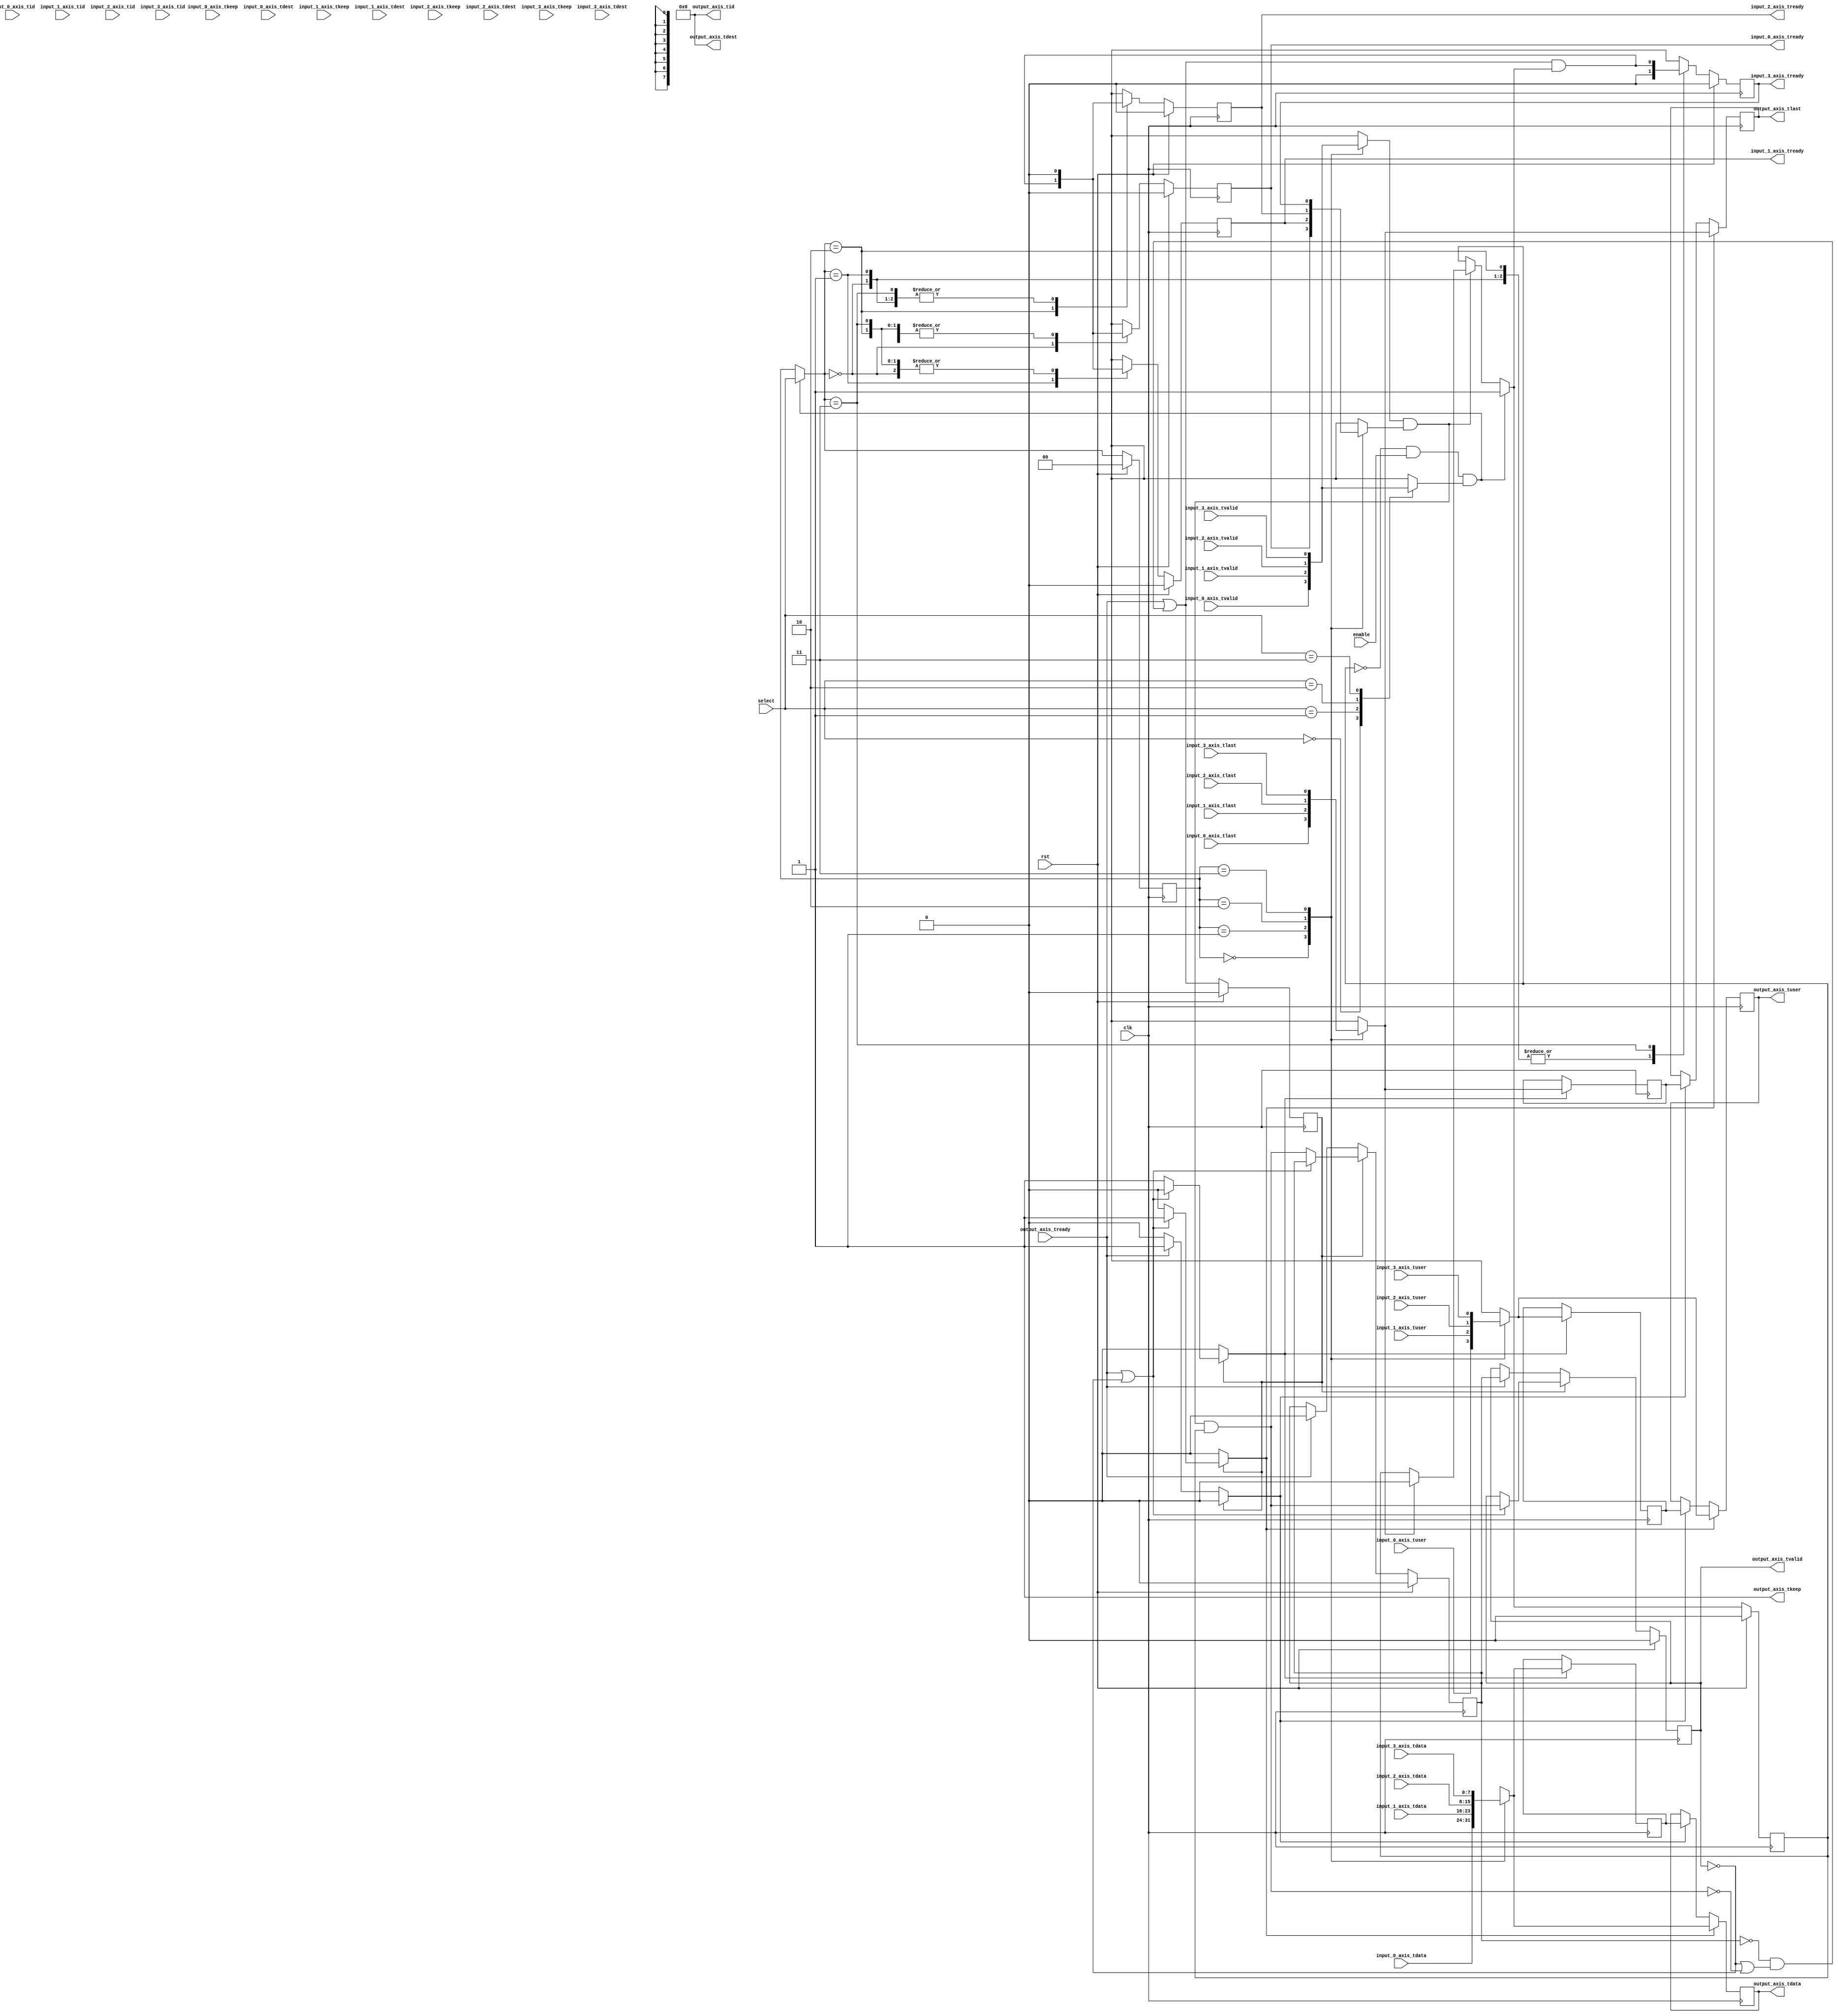
module axis_mux_4 #
(
    parameter DATA_WIDTH = 8,
    parameter KEEP_ENABLE = (DATA_WIDTH>8),
    parameter KEEP_WIDTH = (DATA_WIDTH/8),
    parameter ID_ENABLE = 0,
    parameter ID_WIDTH = 8,
    parameter DEST_ENABLE = 0,
    parameter DEST_WIDTH = 8,
    parameter USER_ENABLE = 1,
    parameter USER_WIDTH = 1
)
(
    input  wire                   clk,
    input  wire                   rst,

    /*
     * AXI inputs
     */
    input  wire [DATA_WIDTH-1:0]  input_0_axis_tdata,
    input  wire [KEEP_WIDTH-1:0]  input_0_axis_tkeep,
    input  wire                   input_0_axis_tvalid,
    output wire                   input_0_axis_tready,
    input  wire                   input_0_axis_tlast,
    input  wire [ID_WIDTH-1:0]    input_0_axis_tid,
    input  wire [DEST_WIDTH-1:0]  input_0_axis_tdest,
    input  wire [USER_WIDTH-1:0]  input_0_axis_tuser,

    input  wire [DATA_WIDTH-1:0]  input_1_axis_tdata,
    input  wire [KEEP_WIDTH-1:0]  input_1_axis_tkeep,
    input  wire                   input_1_axis_tvalid,
    output wire                   input_1_axis_tready,
    input  wire                   input_1_axis_tlast,
    input  wire [ID_WIDTH-1:0]    input_1_axis_tid,
    input  wire [DEST_WIDTH-1:0]  input_1_axis_tdest,
    input  wire [USER_WIDTH-1:0]  input_1_axis_tuser,

    input  wire [DATA_WIDTH-1:0]  input_2_axis_tdata,
    input  wire [KEEP_WIDTH-1:0]  input_2_axis_tkeep,
    input  wire                   input_2_axis_tvalid,
    output wire                   input_2_axis_tready,
    input  wire                   input_2_axis_tlast,
    input  wire [ID_WIDTH-1:0]    input_2_axis_tid,
    input  wire [DEST_WIDTH-1:0]  input_2_axis_tdest,
    input  wire [USER_WIDTH-1:0]  input_2_axis_tuser,

    input  wire [DATA_WIDTH-1:0]  input_3_axis_tdata,
    input  wire [KEEP_WIDTH-1:0]  input_3_axis_tkeep,
    input  wire                   input_3_axis_tvalid,
    output wire                   input_3_axis_tready,
    input  wire                   input_3_axis_tlast,
    input  wire [ID_WIDTH-1:0]    input_3_axis_tid,
    input  wire [DEST_WIDTH-1:0]  input_3_axis_tdest,
    input  wire [USER_WIDTH-1:0]  input_3_axis_tuser,

    /*
     * AXI output
     */
    output wire [DATA_WIDTH-1:0]  output_axis_tdata,
    output wire [KEEP_WIDTH-1:0]  output_axis_tkeep,
    output wire                   output_axis_tvalid,
    input  wire                   output_axis_tready,
    output wire                   output_axis_tlast,
    output wire [ID_WIDTH-1:0]    output_axis_tid,
    output wire [DEST_WIDTH-1:0]  output_axis_tdest,
    output wire [USER_WIDTH-1:0]  output_axis_tuser,

    /*
     * Control
     */
    input  wire                   enable,
    input  wire [1:0]             select
);

reg [1:0] select_reg = 2'd0, select_next;
reg frame_reg = 1'b0, frame_next;

reg input_0_axis_tready_reg = 1'b0, input_0_axis_tready_next;
reg input_1_axis_tready_reg = 1'b0, input_1_axis_tready_next;
reg input_2_axis_tready_reg = 1'b0, input_2_axis_tready_next;
reg input_3_axis_tready_reg = 1'b0, input_3_axis_tready_next;

// internal datapath
reg  [DATA_WIDTH-1:0] output_axis_tdata_int;
reg  [KEEP_WIDTH-1:0] output_axis_tkeep_int;
reg                   output_axis_tvalid_int;
reg                   output_axis_tready_int_reg = 1'b0;
reg                   output_axis_tlast_int;
reg  [ID_WIDTH-1:0]   output_axis_tid_int;
reg  [DEST_WIDTH-1:0] output_axis_tdest_int;
reg  [USER_WIDTH-1:0] output_axis_tuser_int;
wire                  output_axis_tready_int_early;

assign input_0_axis_tready = input_0_axis_tready_reg;
assign input_1_axis_tready = input_1_axis_tready_reg;
assign input_2_axis_tready = input_2_axis_tready_reg;
assign input_3_axis_tready = input_3_axis_tready_reg;

// mux for start of packet detection
reg selected_input_tvalid;
always @* begin
    case (select)
        2'd0: selected_input_tvalid = input_0_axis_tvalid;
        2'd1: selected_input_tvalid = input_1_axis_tvalid;
        2'd2: selected_input_tvalid = input_2_axis_tvalid;
        2'd3: selected_input_tvalid = input_3_axis_tvalid;
        default: selected_input_tvalid = 1'b0;
    endcase
end

// mux for incoming packet
reg [DATA_WIDTH-1:0] current_input_tdata;
reg [KEEP_WIDTH-1:0] current_input_tkeep;
reg                  current_input_tvalid;
reg                  current_input_tready;
reg                  current_input_tlast;
reg [ID_WIDTH-1:0]   current_input_tid;
reg [DEST_WIDTH-1:0] current_input_tdest;
reg [USER_WIDTH-1:0] current_input_tuser;
always @* begin
    case (select_reg)
        2'd0: begin
            current_input_tdata  = input_0_axis_tdata;
            current_input_tkeep  = input_0_axis_tkeep;
            current_input_tvalid = input_0_axis_tvalid;
            current_input_tready = input_0_axis_tready;
            current_input_tlast  = input_0_axis_tlast;
            current_input_tid    = input_0_axis_tid;
            current_input_tdest  = input_0_axis_tdest;
            current_input_tuser  = input_0_axis_tuser;
        end
        2'd1: begin
            current_input_tdata  = input_1_axis_tdata;
            current_input_tkeep  = input_1_axis_tkeep;
            current_input_tvalid = input_1_axis_tvalid;
            current_input_tready = input_1_axis_tready;
            current_input_tlast  = input_1_axis_tlast;
            current_input_tid    = input_1_axis_tid;
            current_input_tdest  = input_1_axis_tdest;
            current_input_tuser  = input_1_axis_tuser;
        end
        2'd2: begin
            current_input_tdata  = input_2_axis_tdata;
            current_input_tkeep  = input_2_axis_tkeep;
            current_input_tvalid = input_2_axis_tvalid;
            current_input_tready = input_2_axis_tready;
            current_input_tlast  = input_2_axis_tlast;
            current_input_tid    = input_2_axis_tid;
            current_input_tdest  = input_2_axis_tdest;
            current_input_tuser  = input_2_axis_tuser;
        end
        2'd3: begin
            current_input_tdata  = input_3_axis_tdata;
            current_input_tkeep  = input_3_axis_tkeep;
            current_input_tvalid = input_3_axis_tvalid;
            current_input_tready = input_3_axis_tready;
            current_input_tlast  = input_3_axis_tlast;
            current_input_tid    = input_3_axis_tid;
            current_input_tdest  = input_3_axis_tdest;
            current_input_tuser  = input_3_axis_tuser;
        end
        default: begin
            current_input_tdata  = {DATA_WIDTH{1'b0}};
            current_input_tkeep  = {KEEP_WIDTH{1'b0}};
            current_input_tvalid = 1'b0;
            current_input_tready = 1'b0;
            current_input_tlast  = 1'b0;
            current_input_tid    = {ID_WIDTH{1'b0}};
            current_input_tdest  = {DEST_WIDTH{1'b0}};
            current_input_tuser  = {USER_WIDTH{1'b0}};
        end
    endcase
end

always @* begin
    select_next = select_reg;
    frame_next = frame_reg;

    input_0_axis_tready_next = 1'b0;
    input_1_axis_tready_next = 1'b0;
    input_2_axis_tready_next = 1'b0;
    input_3_axis_tready_next = 1'b0;

    if (current_input_tvalid & current_input_tready) begin
        // end of frame detection
        if (current_input_tlast) begin
            frame_next = 1'b0;
        end
    end

    if (~frame_reg & enable & selected_input_tvalid) begin
        // start of frame, grab select value
        frame_next = 1'b1;
        select_next = select;
    end

    // generate ready signal on selected port
    case (select_next)
        2'd0: input_0_axis_tready_next = output_axis_tready_int_early & frame_next;
        2'd1: input_1_axis_tready_next = output_axis_tready_int_early & frame_next;
        2'd2: input_2_axis_tready_next = output_axis_tready_int_early & frame_next;
        2'd3: input_3_axis_tready_next = output_axis_tready_int_early & frame_next;
    endcase

    // pass through selected packet data
    output_axis_tdata_int  = current_input_tdata;
    output_axis_tkeep_int  = current_input_tkeep;
    output_axis_tvalid_int = current_input_tvalid & current_input_tready & frame_reg;
    output_axis_tlast_int  = current_input_tlast;
    output_axis_tid_int    = current_input_tid;
    output_axis_tdest_int  = current_input_tdest;
    output_axis_tuser_int  = current_input_tuser;
end

always @(posedge clk) begin
    if (rst) begin
        select_reg <= 2'd0;
        frame_reg <= 1'b0;
        input_0_axis_tready_reg <= 1'b0;
        input_1_axis_tready_reg <= 1'b0;
        input_2_axis_tready_reg <= 1'b0;
        input_3_axis_tready_reg <= 1'b0;
    end else begin
        select_reg <= select_next;
        frame_reg <= frame_next;
        input_0_axis_tready_reg <= input_0_axis_tready_next;
        input_1_axis_tready_reg <= input_1_axis_tready_next;
        input_2_axis_tready_reg <= input_2_axis_tready_next;
        input_3_axis_tready_reg <= input_3_axis_tready_next;
    end
end

// output datapath logic
reg [DATA_WIDTH-1:0] output_axis_tdata_reg  = {DATA_WIDTH{1'b0}};
reg [KEEP_WIDTH-1:0] output_axis_tkeep_reg  = {KEEP_WIDTH{1'b0}};
reg                  output_axis_tvalid_reg = 1'b0, output_axis_tvalid_next;
reg                  output_axis_tlast_reg  = 1'b0;
reg [ID_WIDTH-1:0]   output_axis_tid_reg    = {ID_WIDTH{1'b0}};
reg [DEST_WIDTH-1:0] output_axis_tdest_reg  = {DEST_WIDTH{1'b0}};
reg [USER_WIDTH-1:0] output_axis_tuser_reg  = {USER_WIDTH{1'b0}};

reg [DATA_WIDTH-1:0] temp_axis_tdata_reg  = {DATA_WIDTH{1'b0}};
reg [KEEP_WIDTH-1:0] temp_axis_tkeep_reg  = {KEEP_WIDTH{1'b0}};
reg                  temp_axis_tvalid_reg = 1'b0, temp_axis_tvalid_next;
reg                  temp_axis_tlast_reg  = 1'b0;
reg [ID_WIDTH-1:0]   temp_axis_tid_reg    = {ID_WIDTH{1'b0}};
reg [DEST_WIDTH-1:0] temp_axis_tdest_reg  = {DEST_WIDTH{1'b0}};
reg [USER_WIDTH-1:0] temp_axis_tuser_reg  = {USER_WIDTH{1'b0}};

// datapath control
reg store_axis_int_to_output;
reg store_axis_int_to_temp;
reg store_axis_temp_to_output;

assign output_axis_tdata  = output_axis_tdata_reg;
assign output_axis_tkeep  = KEEP_ENABLE ? output_axis_tkeep_reg : {KEEP_WIDTH{1'b1}};
assign output_axis_tvalid = output_axis_tvalid_reg;
assign output_axis_tlast  = output_axis_tlast_reg;
assign output_axis_tid    = ID_ENABLE   ? output_axis_tid_reg   : {ID_WIDTH{1'b0}};
assign output_axis_tdest  = DEST_ENABLE ? output_axis_tdest_reg : {DEST_WIDTH{1'b0}};
assign output_axis_tuser  = USER_ENABLE ? output_axis_tuser_reg : {USER_WIDTH{1'b0}};

// enable ready input next cycle if output is ready or the temp reg will not be filled on the next cycle (output reg empty or no input)
assign output_axis_tready_int_early = output_axis_tready | (~temp_axis_tvalid_reg & (~output_axis_tvalid_reg | ~output_axis_tvalid_int));

always @* begin
    // transfer sink ready state to source
    output_axis_tvalid_next = output_axis_tvalid_reg;
    temp_axis_tvalid_next = temp_axis_tvalid_reg;

    store_axis_int_to_output = 1'b0;
    store_axis_int_to_temp = 1'b0;
    store_axis_temp_to_output = 1'b0;

    if (output_axis_tready_int_reg) begin
        // input is ready
        if (output_axis_tready | ~output_axis_tvalid_reg) begin
            // output is ready or currently not valid, transfer data to output
            output_axis_tvalid_next = output_axis_tvalid_int;
            store_axis_int_to_output = 1'b1;
        end else begin
            // output is not ready, store input in temp
            temp_axis_tvalid_next = output_axis_tvalid_int;
            store_axis_int_to_temp = 1'b1;
        end
    end else if (output_axis_tready) begin
        // input is not ready, but output is ready
        output_axis_tvalid_next = temp_axis_tvalid_reg;
        temp_axis_tvalid_next = 1'b0;
        store_axis_temp_to_output = 1'b1;
    end
end

always @(posedge clk) begin
    if (rst) begin
        output_axis_tvalid_reg <= 1'b0;
        output_axis_tready_int_reg <= 1'b0;
        temp_axis_tvalid_reg <= 1'b0;
    end else begin
        output_axis_tvalid_reg <= output_axis_tvalid_next;
        output_axis_tready_int_reg <= output_axis_tready_int_early;
        temp_axis_tvalid_reg <= temp_axis_tvalid_next;
    end

    // datapath
    if (store_axis_int_to_output) begin
        output_axis_tdata_reg <= output_axis_tdata_int;
        output_axis_tkeep_reg <= output_axis_tkeep_int;
        output_axis_tlast_reg <= output_axis_tlast_int;
        output_axis_tid_reg   <= output_axis_tid_int;
        output_axis_tdest_reg <= output_axis_tdest_int;
        output_axis_tuser_reg <= output_axis_tuser_int;
    end else if (store_axis_temp_to_output) begin
        output_axis_tdata_reg <= temp_axis_tdata_reg;
        output_axis_tkeep_reg <= temp_axis_tkeep_reg;
        output_axis_tlast_reg <= temp_axis_tlast_reg;
        output_axis_tid_reg   <= temp_axis_tid_reg;
        output_axis_tdest_reg <= temp_axis_tdest_reg;
        output_axis_tuser_reg <= temp_axis_tuser_reg;
    end

    if (store_axis_int_to_temp) begin
        temp_axis_tdata_reg <= output_axis_tdata_int;
        temp_axis_tkeep_reg <= output_axis_tkeep_int;
        temp_axis_tlast_reg <= output_axis_tlast_int;
        temp_axis_tid_reg   <= output_axis_tid_int;
        temp_axis_tdest_reg <= output_axis_tdest_int;
        temp_axis_tuser_reg <= output_axis_tuser_int;
    end
end

endmodule